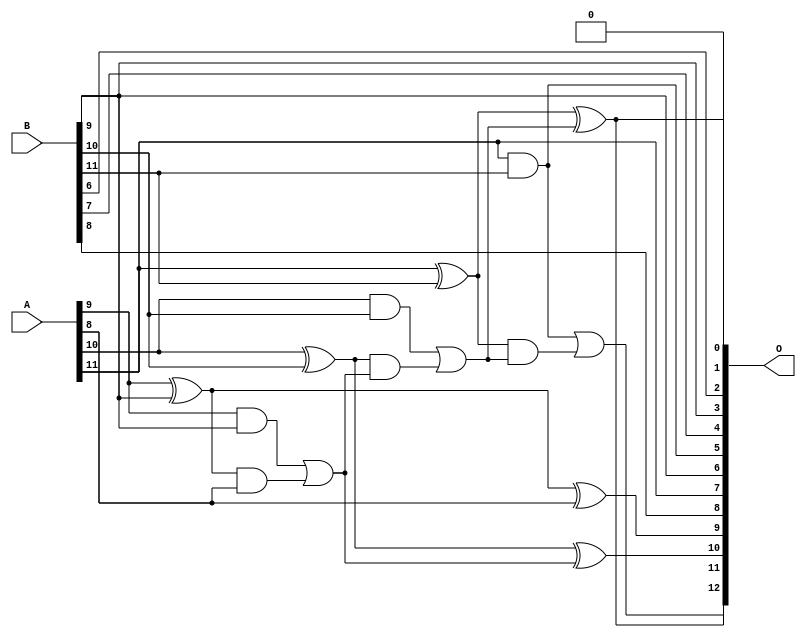
/***
* This code is a part of EvoApproxLib library (ehw.fit.vutbr.cz/approxlib) distributed under The MIT License.
* When used, please cite the following article(s): PRABAKARAN B. S., MRAZEK V., VASICEK Z., SEKANINA L., SHAFIQUE M. ApproxFPGAs: Embracing ASIC-based Approximate Arithmetic Components for FPGA-Based Systems. DAC 2020. 
***/
// MAE% = 1.83 %
// MAE = 150 
// WCE% = 5.98 %
// WCE = 490 
// WCRE% = 100.00 %
// EP% = 99.80 %
// MRE% = 5.13 %
// MSE = 32903 
// FPGA_POWER = 0.31
// FPGA_DELAY = 6.5
// FPGA_LUT = 4.0


module add12u_007(A, B, O);
  input [11:0] A, B;
  output [12:0] O;
  wire sig_66, sig_67, sig_68, sig_70, sig_71, sig_72;
  wire sig_73, sig_75, sig_76, sig_78;
  assign O[2] = B[6];
  assign O[1] = 1'b0;
  assign sig_66 = A[9] ^ B[9];
  assign sig_67 = A[9] & B[9];
  assign sig_68 = sig_66 & A[8];
  assign O[9] = sig_66 ^ A[8];
  assign sig_70 = sig_67 | sig_68;
  assign sig_71 = A[10] ^ B[10];
  assign sig_72 = A[10] & B[10];
  assign sig_73 = sig_71 & sig_70;
  assign O[10] = sig_71 ^ sig_70;
  assign sig_75 = sig_72 | sig_73;
  assign sig_76 = A[11] ^ B[11];
  assign O[5] = A[11] & B[11];
  assign sig_78 = sig_76 & sig_75;
  assign O[0] = sig_76 ^ sig_75;
  assign O[12] = O[5] | sig_78;
  assign O[3] = B[9];
  assign O[4] = B[7];
  assign O[6] = B[9];
  assign O[7] = A[11];
  assign O[8] = B[8];
  assign O[11] = O[0];
endmodule